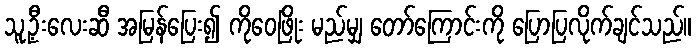
သူ့ဦးလေးဆီ အမြန်ပြေး၍ ကိုဝေဖြိုး မည်မျှ တော်ကြောင်းကို ပြောပြလိုက်ချင်သည်။